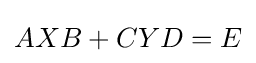
AXB+CYD=E